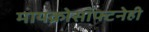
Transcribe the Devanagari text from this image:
मायक्रोसॉफ्टनेही